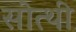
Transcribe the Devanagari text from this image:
सोत्थी